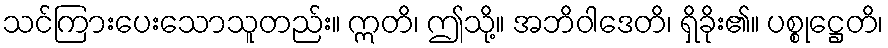
သင်ကြားပေးသောသူတည်း။ ဣတိ၊ ဤသို့။ အဘိဝါဒေတိ၊ ရှိခိုး၏။ ပစ္စုဋ္ဌေတိ၊